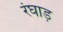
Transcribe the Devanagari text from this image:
रंघाड़